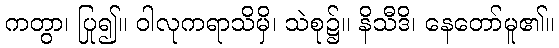
ကတွာ၊ ပြု၍။ ဝါလုကရာသိမှိ၊ သဲစု၌။ နိသီဒိ၊ နေတော်မူ၏။